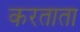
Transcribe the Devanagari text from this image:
करताता